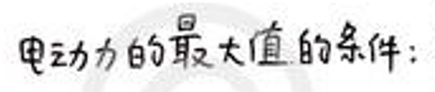
电动力的最大值的条件：